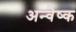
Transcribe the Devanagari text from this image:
अन्वेष्क